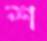
শ